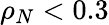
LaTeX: \rho_{N}<0.3